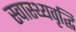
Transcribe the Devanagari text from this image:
स्वास्थ्यवृद्धि